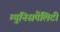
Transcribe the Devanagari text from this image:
म्युनिसपैलिटी